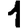
Digit: 1